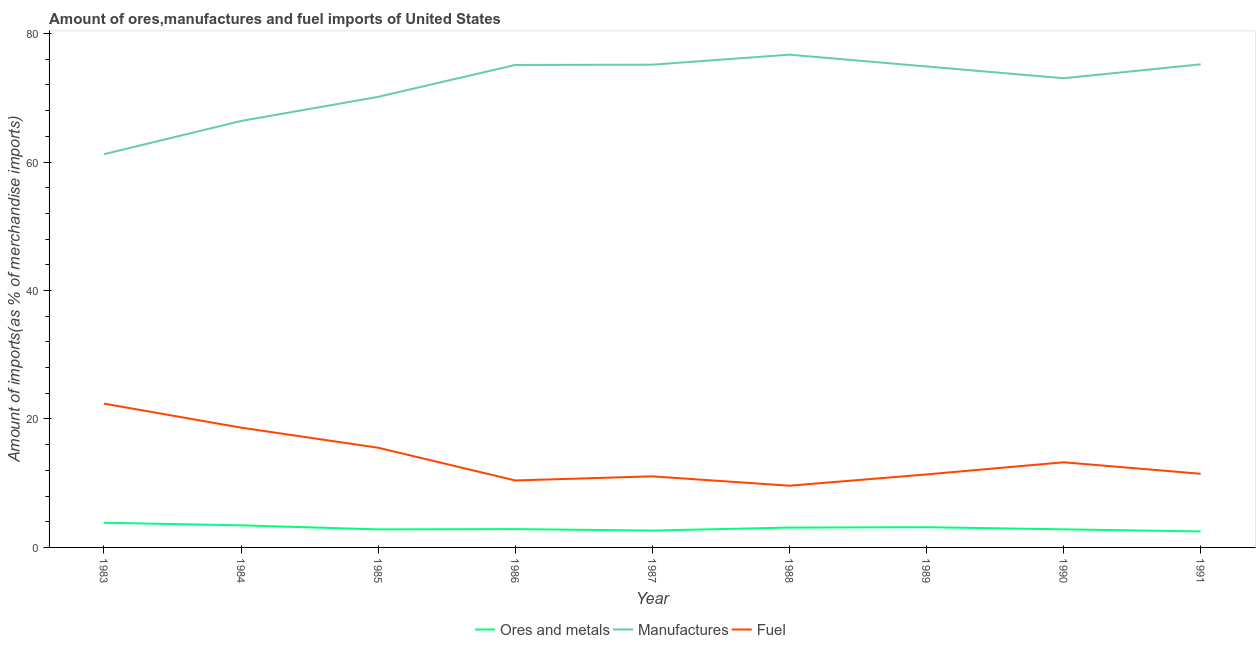
| Year | Ores and metals | Manufactures | Fuel |
 | --- | --- | --- | --- |
 | 1983 | 3.84 | 61.2 | 22.4 |
 | 1984 | 3.44 | 66.4 | 18.7 |
 | 1985 | 2.81 | 70.1 | 15.5 |
 | 1986 | 2.85 | 75.1 | 10.4 |
 | 1987 | 2.63 | 75.2 | 11.1 |
 | 1988 | 3.09 | 76.7 | 9.61 |
 | 1989 | 3.15 | 74.9 | 11.4 |
 | 1990 | 2.82 | 73.1 | 13.3 |
 | 1991 | 2.49 | 75.2 | 11.5 |